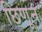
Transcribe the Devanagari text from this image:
छिणून